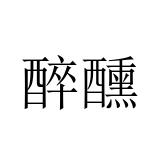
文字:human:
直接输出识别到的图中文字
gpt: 醉醺